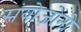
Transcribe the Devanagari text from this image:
संयोजोनो